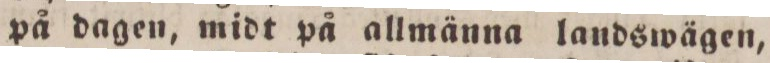
på dagen, midt på allmänna landswägen,